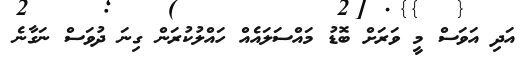
އަދި އަވަސް މީ ވަރަށް ބޮޑު މައްސަލައެއް ހައްލުކުރަން ގިނަ ދުވަސް ނަގާނެ